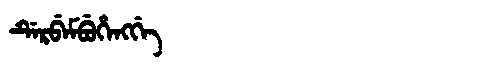
Manchu: ᡩᡝᡵᠪᡝᠮᠪᡠᡥᡝᠩᡤᡝ
Romanization: DERBEMBUHENGGE